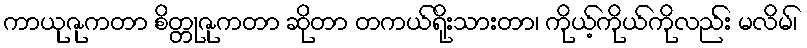
ကာယုဇုကတာ စိတ္တုဇုကတာ ဆိုတာ တကယ်ရိုးသားတာ၊ ကိုယ့်ကိုယ်ကိုလည်း မလိမ်၊